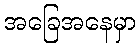
အခြေအနေမှာ